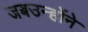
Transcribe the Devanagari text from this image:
जबउन्होंने